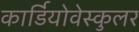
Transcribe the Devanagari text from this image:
कार्डियोवेस्कुलर